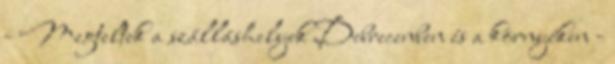
- Megteltek a szálláshelyek Debrecenben és a környéken -